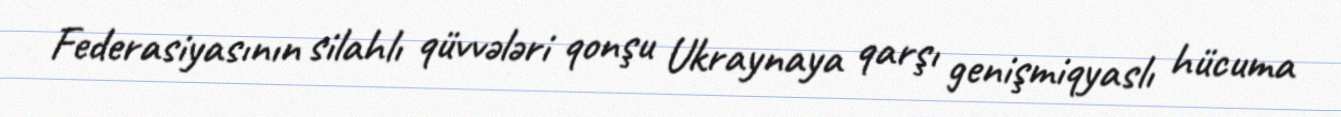
Federasiyasının silahlı qüvvələri qonşu Ukraynaya qarşı genişmiqyaslı hücuma